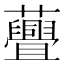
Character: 𧄸